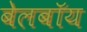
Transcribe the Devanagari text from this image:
बेलबॉय